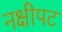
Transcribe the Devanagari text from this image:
नक्षीपट